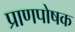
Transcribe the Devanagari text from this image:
प्राणपोषक